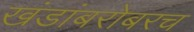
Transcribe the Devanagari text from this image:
खंडांबरोबरच